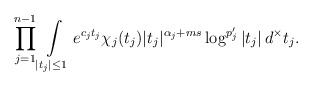
\begin{align*}\prod_{j=1}^{n-1}\int \limits _{|t_j|\leq 1}e^{c_j t_j}\chi_j(t_j)|t_j|^{\alpha_j+ms}\log^{p'_{j}}\left|t_{j}\right|d^\times t_j.\end{align*}